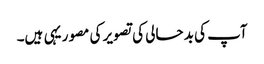
آپ کی بد حالی کی تصویر کی مصور یہی ہیں۔